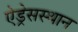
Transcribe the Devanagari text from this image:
ऐड्रेसस्थान